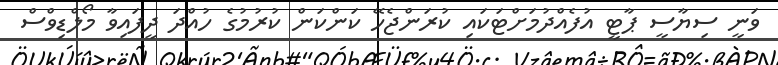
ވަނީ ސިޔާސީ ޕާޓީ އުފެއްދުމަށްޓަކައި ކުރަންޖެހޭ ކަންކަން ކުރުމުގެ ހުއްދަ ދީފައިވާ މޯލްޑިވްސް